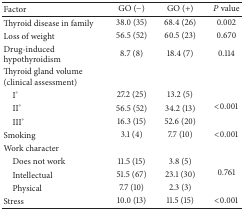
<table><thead><tr><td><b>Factor</b></td><td><b>GO (−)</b></td><td><b>GO (+)</b></td><td><b><i>P</i> value</b></td></tr></thead><tbody><tr><td>Thyroid disease in family</td><td>38.0 (35)</td><td>68.4 (26)</td><td>0.002</td></tr><tr><td>Loss of weight</td><td>56.5 (52)</td><td>60.5 (23)</td><td>0.670</td></tr><tr><td>Drug-induced hypothyroidism</td><td>8.7 (8)</td><td>18.4 (7)</td><td>0.114</td></tr><tr><td>Thyroid gland volume (clinical assessment)</td><td> </td><td> </td><td> </td></tr><tr><td> I°</td><td>27.2 (25)</td><td>13.2 (5)</td><td rowspan="3">&lt;0.001</td></tr><tr><td> II°</td><td>56.5 (52)</td><td>34.2 (13)</td></tr><tr><td> III°</td><td>16.3 (15)</td><td>52.6 (20)</td></tr><tr><td>Smoking</td><td>3.1 (4)</td><td>7.7 (10)</td><td>&lt;0.001</td></tr><tr><td>Work character</td><td> </td><td> </td><td> </td></tr><tr><td> Does not work</td><td>11.5 (15)</td><td>3.8 (5)</td><td rowspan="3">0.761</td></tr><tr><td> Intellectual </td><td>51.5 (67)</td><td>23.1 (30)</td></tr><tr><td> Physical </td><td>7.7 (10)</td><td>2.3 (3)</td></tr><tr><td>Stress</td><td>10.0 (13)</td><td>11.5 (15)</td><td>&lt;0.001</td></tr></tbody></table>